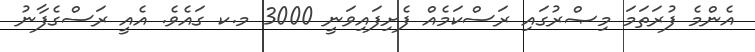
އެންމެ ފުރަތަމަ މިޞްރުގައި ރަސްކަމެއް ފެށިފައިވަނީ 3000 މ.ކ ގައެވެ. އެއީ ރަސްގެފާނު